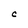
Character: C